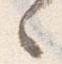
々